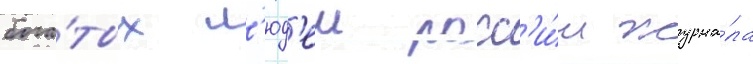
бога́тых л'юд'еи росс'и́и журна́ла